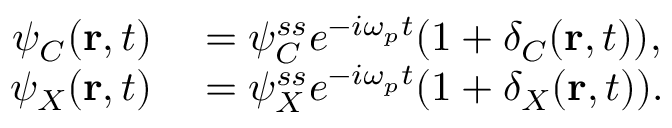
\begin{array} { r l } { \psi _ { C } ( { \bf { r } } , t ) } & { { } = \psi _ { C } ^ { s s } e ^ { - i \omega _ { p } t } ( 1 + \delta _ { C } ( { \bf { r } } , t ) ) , } \\ { \psi _ { X } ( { \bf { r } } , t ) } & { { } = \psi _ { X } ^ { s s } e ^ { - i \omega _ { p } t } ( 1 + \delta _ { X } ( { \bf { r } } , t ) ) . } \end{array}